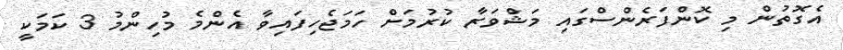
އެގޮތުން މި ކޮންފަރެންސްގައި މަޝްވަރާ ކުރުމަށް ހަމަޖެހިފައިވާ އެންމެ މުހިންމު 3 ކަމަކީ